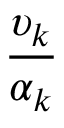
\displaystyle \frac { \upsilon _ { k } } { \alpha _ { k } }